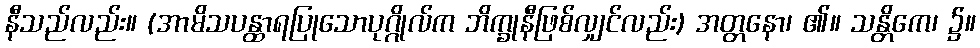
နီသည်လည်း။ (အာမိသပန္ထာရပြုသောပုဂ္ဂိုလ်က ဘိက္ခုနီဖြစ်လျှင်လည်း) အတ္တနော၊ ၏။ သန္တိကေ၊ ၌။